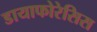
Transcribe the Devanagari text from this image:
डायाफोरेसिस